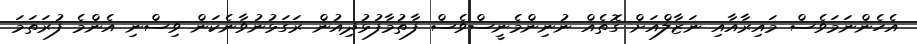
އެހެންނަމަވެސް މައިރާއާއި ނަޒާލްއަށް ގޮތެއް ނުނިންމެނީސްވެސް ފާތުމާފުޅުދިއުން ރަގަޅުނުވާނެކަން ވިސްނި އެންމެ ފުރަތަމަ